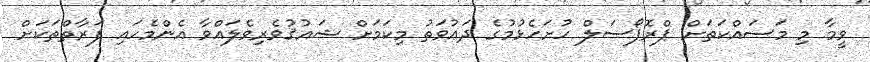
ވީމާ މި މަސައްކަތަށް ޕްރޮޕޯސަލް ހުށަހެޅުމުގެ ދަޢުވަތު މިކަމަށް ޝައުޤުވެރިވެލައްވާ އެންމެހައި ފަރާތްތަކަށް